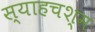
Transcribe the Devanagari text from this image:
स्याहचश्म